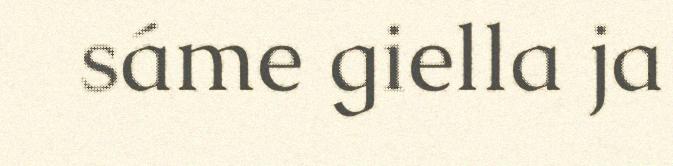
sáme giella ja